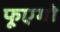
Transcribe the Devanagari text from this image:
फूएगो